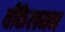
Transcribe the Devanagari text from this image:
वींकेलमन